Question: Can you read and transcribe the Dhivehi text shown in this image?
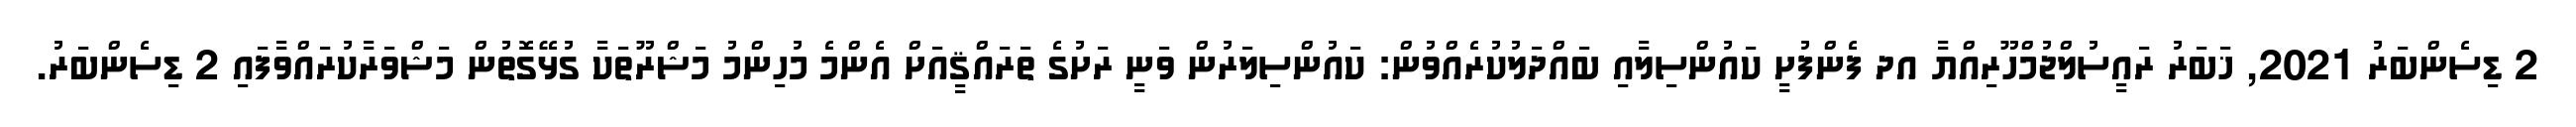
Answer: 2 ޑިސެންބަރު 2021, ޚަބަރު ރައީސުލްޖުމްހޫރިއްޔާ އދ ފެންފުށީ ކައުންސިލާއި ބައްދަލުކުރެއްވުން: ކައުންސިލަރުން ވަނީ ރަށުގެ ތަރައްޤީއަށް އެންމެ މުހިންމު މަޝްރޫތަކާ ގުޅޭގޮތުން މަޝްވަރާކުރައްވާފައި 2 ޑިސެންބަރު.